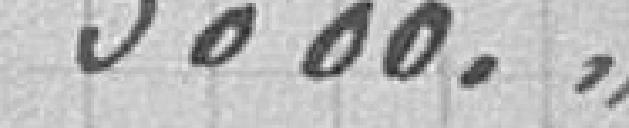
3000."